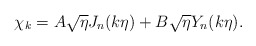
\begin{align*}\chi_k =A\sqrt{\eta }J_n(k\eta )+B\sqrt{\eta }Y_n(k\eta ).\end{align*}